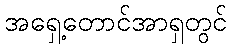
အရှေ့တောင်အာရှတွင်